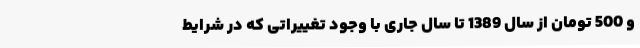
و 500 تومان از سال 1389 تا سال جاری با وجود تغییراتی که در شرایط